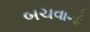
બચવાનો